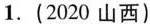
1.(2020山西)